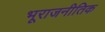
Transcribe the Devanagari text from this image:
भूराजनीतिक